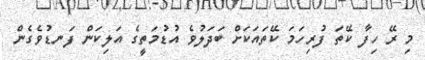
މި ރޭ ހިފާ ކޭތަ ފުރިހަމަ ކޭތައަކަށް ބަދަލުވެ އުޑުމަތީގެ އަލިކަން ފަނޑުވެގެން